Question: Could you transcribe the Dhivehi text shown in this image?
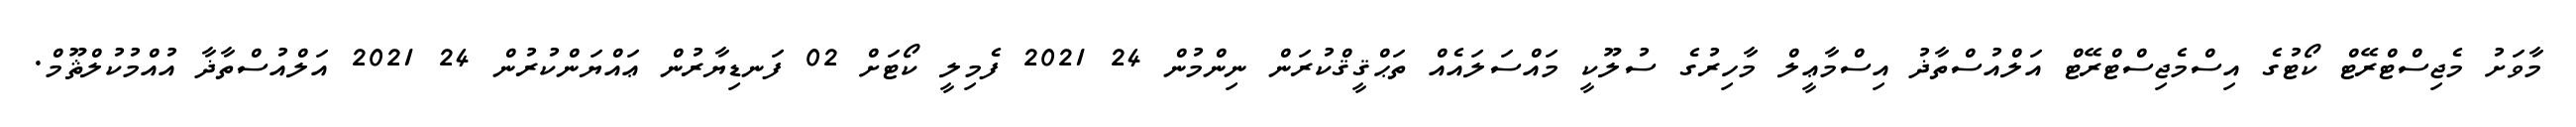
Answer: މާވަށު މެޖިސްޓްރޭޓް ކޯޓުގެ އިސްމެޖިސްޓްރޭޓް އަލްއުސްތާޛު އިސްމާޢީލް މާހިރުގެ ސުލޫކީ މައްސަލައެއް ތަޙްޤީޤްކުރަން ނިންމުން 24 2021 ފެމިލީ ކޯޓަށް 02 ފަނޑިޔާރުން ޢައްޔަންކުރުން 24 2021 އަލްއުސްތާޛާ އުއްމުކުލްޘޫމް.